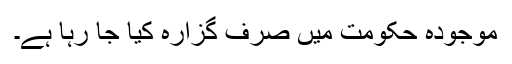
موجودہ حکومت میں صرف گزارہ کیا جا رہا ہے۔